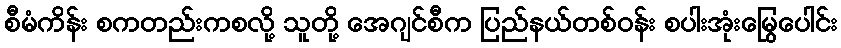
စီမံကိန်း စကတည်းကစလို့ သူတို့ အေဂျင်စီက ပြည်နယ်တစ်ဝန်း စပါးအုံးမြွေပေါင်း